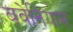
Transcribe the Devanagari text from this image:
बवेनियास